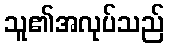
သူ၏အလုပ်သည်